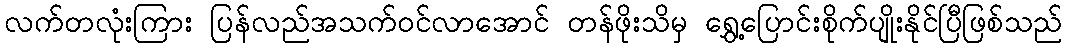
လက်တလုံးကြား ပြန်လည်အသက်ဝင်လာအောင် တန်ဖိုးသိမှ ရွှေ့ပြောင်းစိုက်ပျိုးနိုင်ပြီဖြစ်သည်